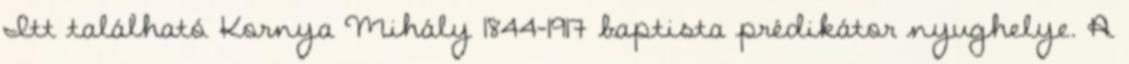
Itt található Kornya Mihály 1844–1917 baptista prédikátor nyughelye. A